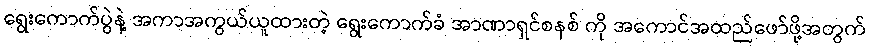
ရွေးကောက်ပွဲနဲ့ အကာအကွယ်ယူထားတဲ့ ရွေးကောက်ခံ အာဏာရှင်စနစ် ကို အကောင်အထည်ဖော်ဖို့အတွက်